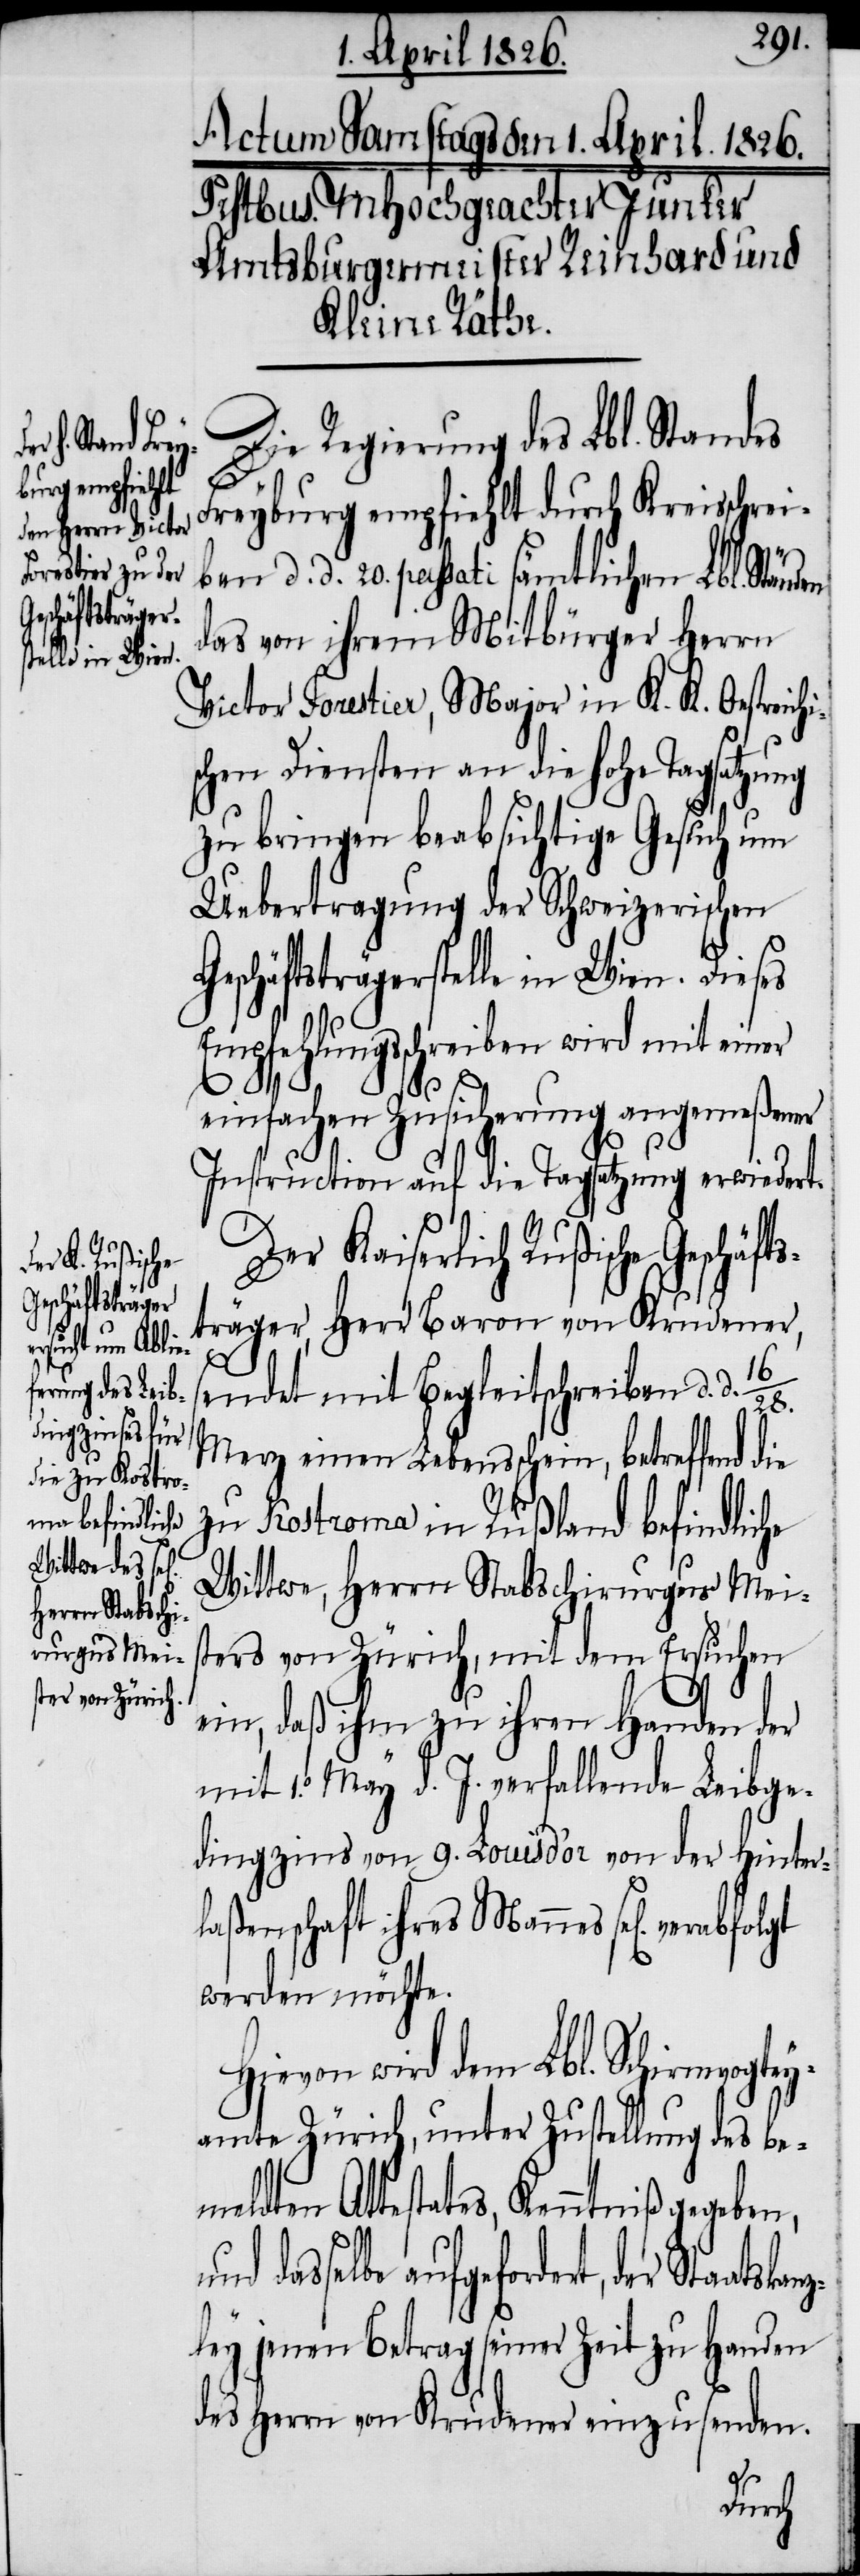
den

Die Regierung des Lbl. Standes
Freyburg empfiehlt durch Kreisschrei¬
ben d. d. 20. passati sämtlichen Lbl. Stän¬
das von ihrem Mitbürger Herrn
Victor Forestier, Major in K. K. Oestreich¬
chen Diensten an die hohe Tagsatzung
zu bringen beabsichtig[t]e Ge¬
Uebertragung der Schweizerischen
Geschäftsträgerstelle in Wien. Dieses
Empfehlungsschreiben wird mit einer
eldten
einfachen Zusicherung angemeßener
Instruction auf die Tagsatzung erwiedert.
Der Kaiserlich Rußische Geschäft¬
sträger, Herr Baron von Krudener,
n]
endet mit Begleitschreiben d. d.
is¬
Merz einen Lebensschein, betreffend die
zu Kostroma in Rußland befindliche
Wittwe, Herrn Stabschirurgus Meis¬
ters von Zürich, mit dem Ersuchen
ein, daß ihm zu ihren Handen der
mit 1. May d. J. verfallende Leibge¬
dingzins von 9. Louisd’or von der Hinter¬
laßenschaft ihres Mannes sel[ige¬
werden möchte.
Hievon wird dem Lbl. Schirmvogtey¬
amte Zürich, unter Zustellung des bem¬
Attestates, Kenntniß gegeben,
aufgefordert, der Staatskan¬
zley jenen Betrag seiner Zeit zu Handen
des Herrn von Krudener einzusenden.
such